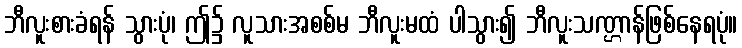
ဘီလူးစားခံရန် သွားပုံ၊ ဤ၌ လူသားအစစ်မ ဘီလူးမထံ ပါသွား၍ ဘီလူးသဏ္ဌာန်ဖြစ်နေရပုံ။